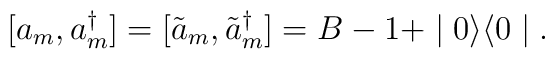
[ a_{m} , a^{\dagger}_{m} ] =[ \tilde{a}_{m} , \tilde{a}^{\dagger}_{m} ] = B-1 + \mid 0 \rangle \langle 0 \mid .